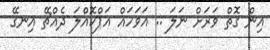
އިން ގޮތް ވަރަށް ނަލަ .. އަވަހައް އަޕްކޮއްލަ ދެއްޗޭ އިނގޭ